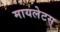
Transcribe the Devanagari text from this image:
मायलेटस्